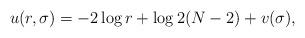
LaTeX: \begin{align*}u(r,\sigma)=-2\log r+\log 2(N-2)+v(\sigma),\end{align*}